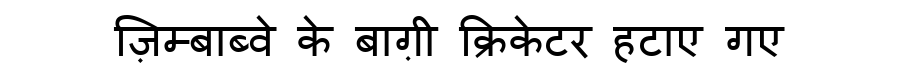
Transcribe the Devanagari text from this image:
ज़िम्बाब्वे के बाग़ी क्रिकेटर हटाए गए